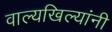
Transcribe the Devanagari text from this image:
वाल्यखिल्यांनी